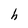
Character: h